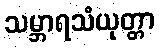
သမ္ဘာရသံယုတ္တာ